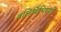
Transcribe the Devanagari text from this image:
बलिर्बिभिषणो